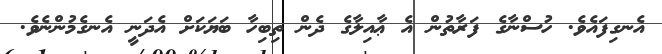
އެނގިފައެވެ. ހުސްނާގެ ފަރާތުން އެ ޢާއިލާގެ ދެން ތިބިހާ ބަޔަކަށް އެދަނީ އެނގެމުންނެވެ.